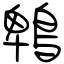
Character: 鵯